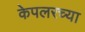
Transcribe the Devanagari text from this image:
केपलरच्या